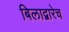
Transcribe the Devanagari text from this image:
बिलाद्वारेच